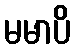
မမာပိ